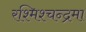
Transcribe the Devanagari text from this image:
रश्मिश्चन्द्रमा